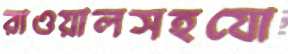
রাওয়ালসহযো